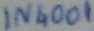
Text: 1N4001